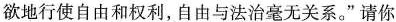
欲地行使自由和权利，自由与法治毫无关系。”请你